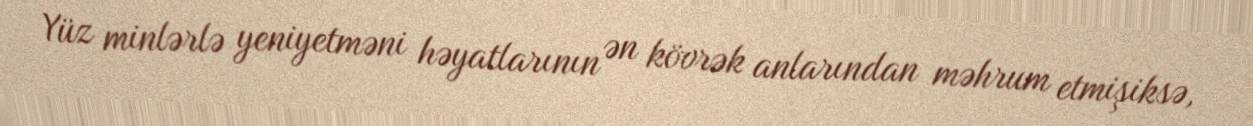
Yüz minlərlə yeniyetməni həyatlarının ən kövrək anlarından məhrum etmişiksə,